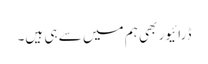
ڈرائیور بھی ہم میں سے ہی ہیں۔